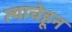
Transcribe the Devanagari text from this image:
त्याचेहून